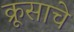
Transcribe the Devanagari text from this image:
क्रूसाचे